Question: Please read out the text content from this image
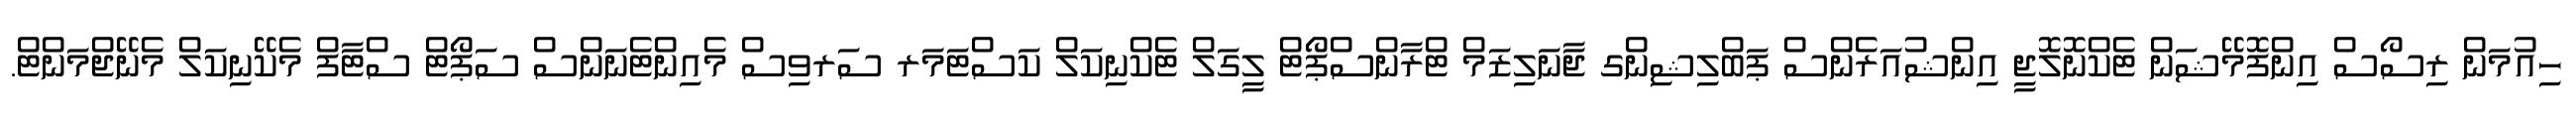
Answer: ހިއުމަން ރިސޯސް އިންފޮމޭޝަން ޓެކްނޮލޮޖީ އިންޝުއަރެންސް ޕަބްލިޝިންގ ޖާނަލިޒަމް ޓްރާންސްޕޯޓް ލީގަލް ޓެކްނިކަލް ކަސްޓަމަރ ސަރވިސް މެއިންޓެނަންސް ސަޕޯޓް ސްޓާފް މެކޭނިކަލް މެނޭޖްމަންޓް.